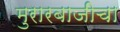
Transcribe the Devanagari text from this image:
मुरारबाजीचा